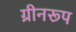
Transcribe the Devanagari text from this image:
ग्रीनरूप